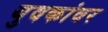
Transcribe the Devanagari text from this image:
युवकांवर